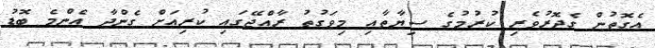
އެގޮތުން ގެދޮރުވެރި ކުރުމުގެ ސިޔާތާއި މިވަގުތު ރާއްޖޭގައި ކުރިއަށް ގެންދާ އެންމެ ބޮޑު